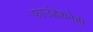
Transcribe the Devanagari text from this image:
फाउंडेशनेही